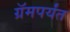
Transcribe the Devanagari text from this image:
ग्रॅमपर्यंत